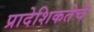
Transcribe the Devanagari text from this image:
प्रादेशिकतेचे